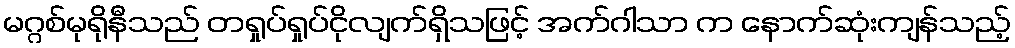
မဂ္ဂစ်မုရိုနီသည် တရှုပ်ရှုပ်ငိုလျက်ရှိသဖြင့် အက်ဂါသာ က နောက်ဆုံးကျန်သည့်